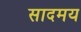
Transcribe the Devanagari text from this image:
सादमय